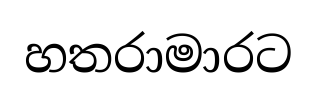
හතරාමාරට